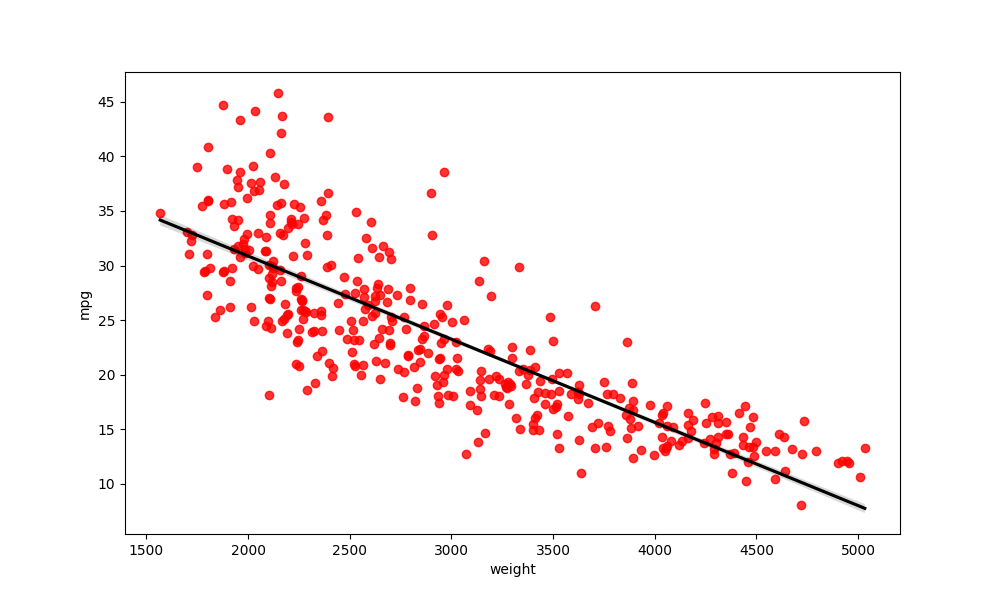
python, seaborn, regplot, order=1, ci=68, scatter_color=red, line_color=black